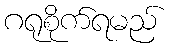
ဂရုစိုက်ရမည်